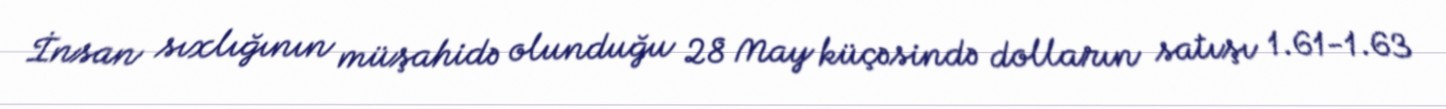
İnsan sıxlığının müşahidə olunduğu 28 May küçəsində dolların satışı 1.61-1.63